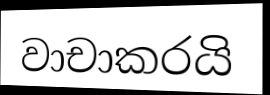
වාචාකරයි